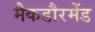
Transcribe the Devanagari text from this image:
मैकडौरमेंड